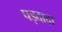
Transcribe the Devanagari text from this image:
पड़दादा